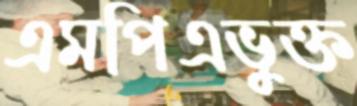
এমপিএভুক্ত